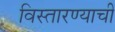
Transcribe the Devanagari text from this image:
विस्तारण्याची